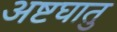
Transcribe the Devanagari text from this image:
अष्टघातु